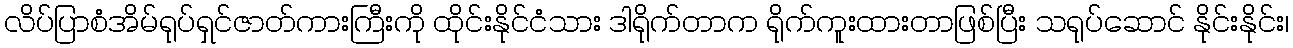
လိပ်ပြာစံအိမ်ရုပ်ရှင်ဇာတ်ကားကြီးကို ထိုင်းနိုင်ငံသား ဒါရိုက်တာက ရိုက်ကူးထားတာဖြစ်ပြီး သရုပ်ဆောင် နိုင်းနိုင်း၊